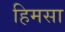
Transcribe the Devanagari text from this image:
हिमसा